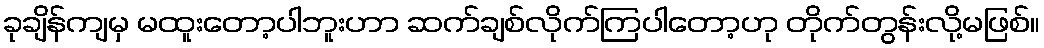
ခုချိန်ကျမှ မထူးတော့ပါဘူးဟာ ဆက်ချစ်လိုက်ကြပါတော့ဟု တိုက်တွန်းလို့မဖြစ်။